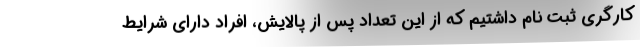
کارگری ثبت نام داشتیم که از این تعداد پس از پالایش، افراد دارای شرایط